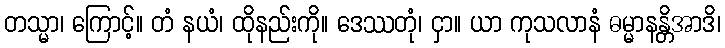
တသ္မာ၊ ကြောင့်။ တံ နယံ၊ ထိုနည်းကို။ ဒေဿတုံ၊ ငှာ။ ယာ ကုသလာနံ ဓမ္မာနန္တိအာဒိ၊